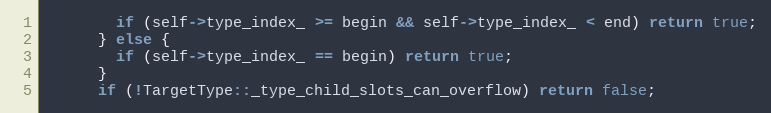
Language: C
        if (self->type_index_ >= begin && self->type_index_ < end) return true;
      } else {
        if (self->type_index_ == begin) return true;
      }
      if (!TargetType::_type_child_slots_can_overflow) return false;